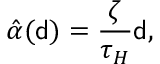
\hat { \alpha } ( { \mathsf { d } } ) = \frac { \zeta } { \tau _ { H } } { \mathsf { d } } ,